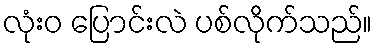
လုံးဝ ပြောင်းလဲ ပစ်လိုက်သည်။